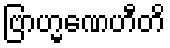
ဗြာဟ္မဏေဟီတိ